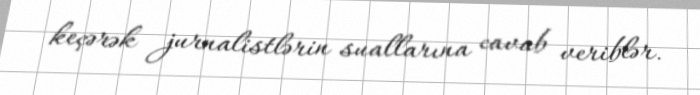
keçərək jurnalistlərin suallarına cavab veriblər.